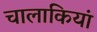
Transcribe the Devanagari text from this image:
चालाकियां